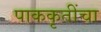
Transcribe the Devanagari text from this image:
पाककृतींचा